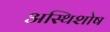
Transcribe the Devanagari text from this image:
अस्थिशोष